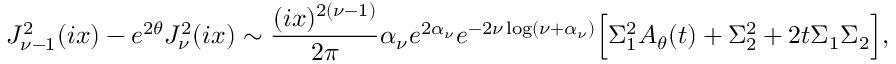
J _ { \nu - 1 } ^ { 2 } ( i x ) - e ^ { 2 \theta } J _ { \nu } ^ { 2 } ( i x ) \sim { \frac { ( i x ) ^ { 2 ( \nu - 1 ) } } { 2 \pi } } \alpha _ { \nu } e ^ { 2 \alpha _ { \nu } } e ^ { - 2 \nu \log ( \nu + \alpha _ { \nu } ) } \Bigr [ \Sigma _ { 1 } ^ { 2 } A _ { \theta } ( t ) + \Sigma _ { 2 } ^ { 2 } + 2 t \Sigma _ { 1 } \Sigma _ { 2 } \Bigr ] ,